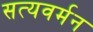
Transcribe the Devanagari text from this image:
सत्यवर्मन